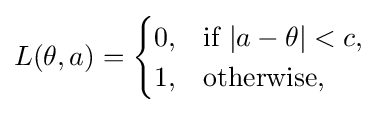
L(\theta ,a)={\begin{cases}0,&{\text{if }}|a-\theta |<c,\\1,&{\text{otherwise}},\\\end{cases}}